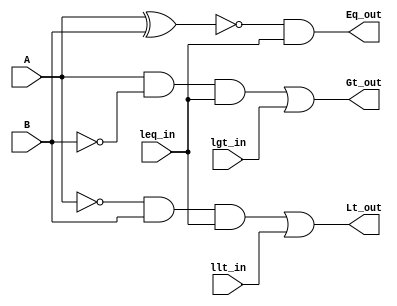
module comparator1 (A,B,lgt_in,leq_in,llt_in,Gt_out,Eq_out,Lt_out);

input A,B,lgt_in,leq_in,llt_in;
output Gt_out,Eq_out,Lt_out;


wire bnot,anot;
wire gta1,gta2, lta1,lta2;
wire xnorw;

not not_1 (bnot,B);
not not_2 (anot,A);

and and_1(gta1,A,bnot);
and and_2(gta2,gta1,leq_in);
or or_1(Gt_out,gta2,lgt_in);

and and_3(lta1,anot,B);
and and_4(lta2,lta1,leq_in);
or or_2(Lt_out,lta2,llt_in);


xnor xnor_1(xnorw,A,B);
and and_5(Eq_out,xnorw,leq_in);


endmodule